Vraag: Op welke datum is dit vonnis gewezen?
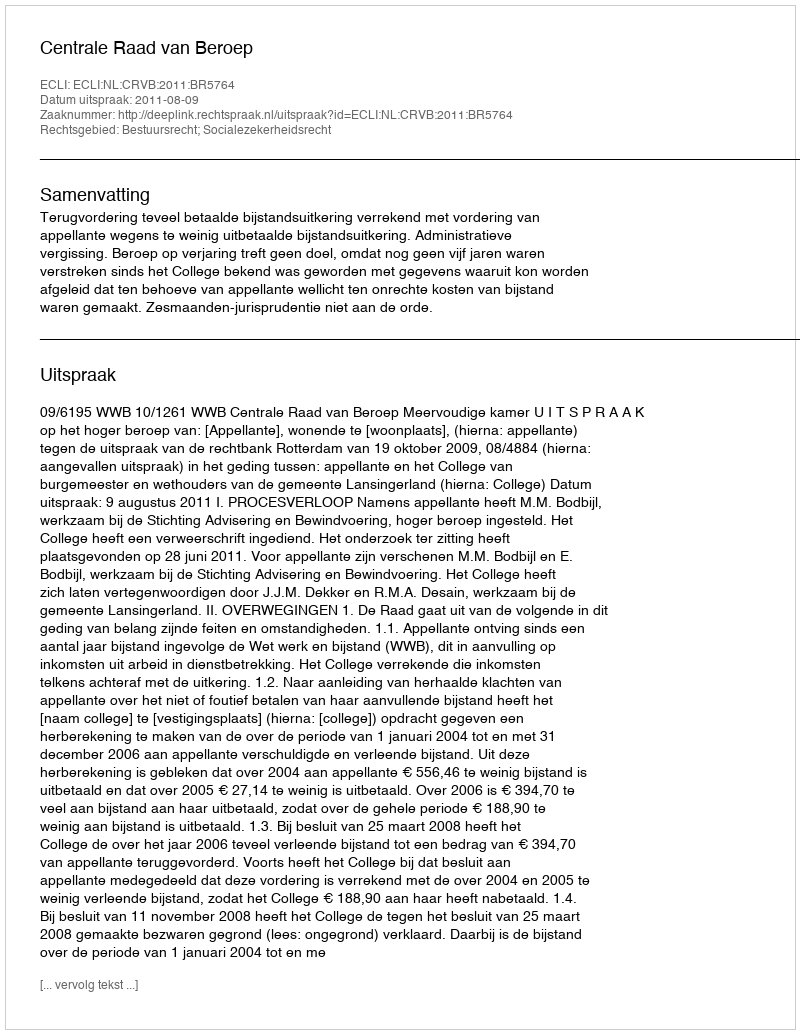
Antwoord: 2011-08-09